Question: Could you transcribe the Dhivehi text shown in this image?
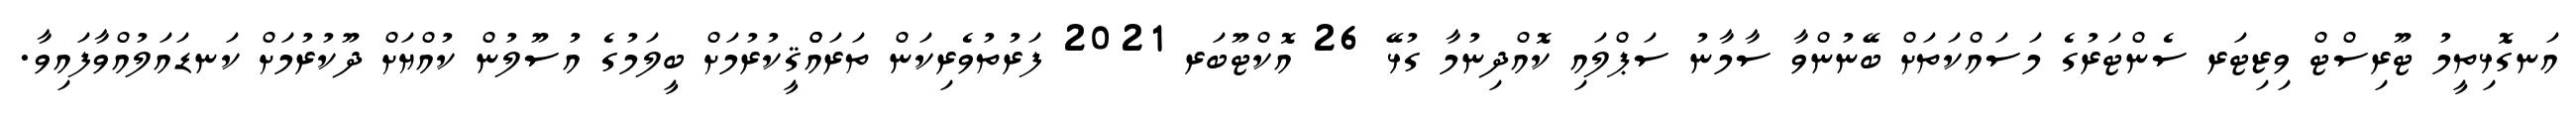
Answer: އަނގޮޅިތީމު ޓޫރިސްޓް ވިޒިޓަރ ސެންޓަރުގެ މަސައްކަތަށް ބޭނުންވާ ސާމާނު ސަޕްލައި ކޮއްދިނުމާ ގުޅޭ 26 އޮކްޓޫބަރ 2021 ފަރުތުވެރިކަން ތަރައްްޤީކުރުމަށް ބީލަމުގެ އުސޫލުން ކުއްޔަށް ދޫކުރުމަށް ކަނޑައަލުއްވާފައިވާ.